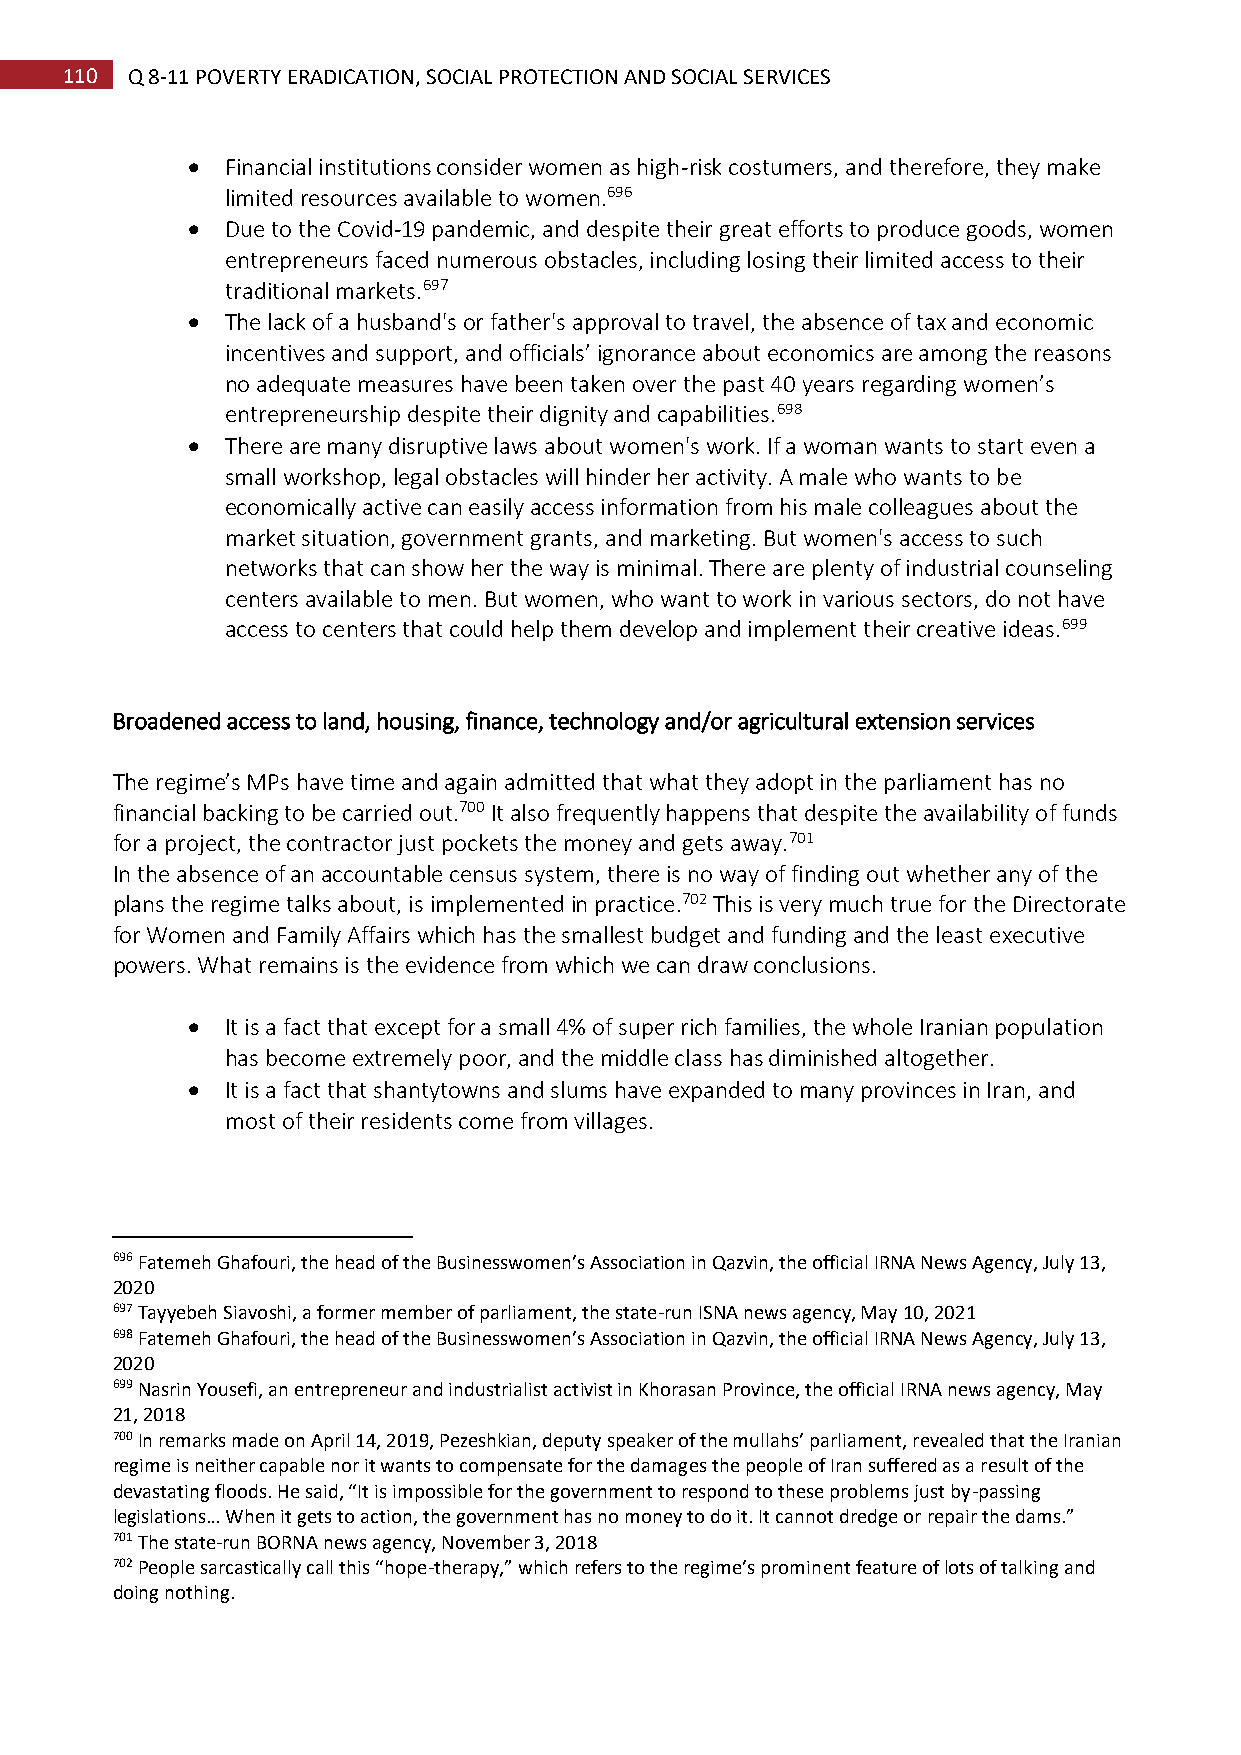
110 Q 8-11 POVERTY ERADICATION, SOCIAL PROTECTION AND SOCIAL SERVICES
   Financial institutions consider women as high-risk costumers, and therefore, they make
 limited resources available to women.696
   Due to the Covid-19 pandemic, and despite their great efforts to produce goods, women
 entrepreneurs faced numerous obstacles, including losing their limited access to their
 traditional markets.697
   The lack of a husband's or father's approval to travel, the absence of tax and economic
 incentives and support, and officials’ ignorance about economics are among the reasons
 no adequate measures have been taken over the past 40 years regarding women’s
 entrepreneurship despite their dignity and capabilities.698
   There are many disruptive laws about women's work. If a woman wants to start even a
 small workshop, legal obstacles will hinder her activity. A male who wants to be
 economically active can easily access information from his male colleagues about the
 market situation, government grants, and marketing. But women's access to such
 networks that can show her the way is minimal. There are plenty of industrial counseling
 centers available to men. But women, who want to work in various sectors, do not have
 access to centers that could help them develop and implement their creative ideas.699
 Broadened access to land, housing, finance, technology and/or agricultural extension services
 The regime’s MPs have time and again admitted that what they adopt in the parliament has no
 financial backing to be carried out.700 It also frequently happens that despite the availability of funds
 for a project, the contractor just pockets the money and gets away.701
 In the absence of an accountable census system, there is no way of finding out whether any of the
 plans the regime talks about, is implemented in practice.702 This is very much true for the Directorate
 for Women and Family Affairs which has the smallest budget and funding and the least executive
 powers. What remains is the evidence from which we can draw conclusions.
   It is a fact that except for a small 4% of super rich families, the whole Iranian population
 has become extremely poor, and the middle class has diminished altogether.
   It is a fact that shantytowns and slums have expanded to many provinces in Iran, and
 most of their residents come from villages.
 696 Fatemeh Ghafouri, the head of the Businesswomen’s Association in Qazvin, the official IRNA News Agency, July 13,
 2020
 697 Tayyebeh Siavoshi, a former member of parliament, the state-run ISNA news agency, May 10, 2021
 698 Fatemeh Ghafouri, the head of the Businesswomen’s Association in Qazvin, the official IRNA News Agency, July 13,
 2020
 699 Nasrin Yousefi, an entrepreneur and industrialist activist in Khorasan Province, the official IRNA news agency, May
 21, 2018
 700 In remarks made on April 14, 2019, Pezeshkian, deputy speaker of the mullahs’ parliament, revealed that the Iranian
 regime is neither capable nor it wants to compensate for the damages the people of Iran suffered as a result of the
 devastating floods. He said, “It is impossible for the government to respond to these problems just by-passing
 legislations… When it gets to action, the government has no money to do it. It cannot dredge or repair the dams.”
 701 The state-run BORNA news agency, November 3, 2018
 702 People sarcastically call this “hope-therapy,” which refers to the regime’s prominent feature of lots of talking and
 doing nothing.